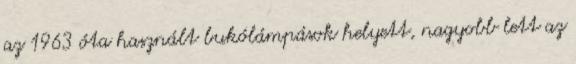
az 1963 óta használt bukólámpások helyett, nagyobb lett az